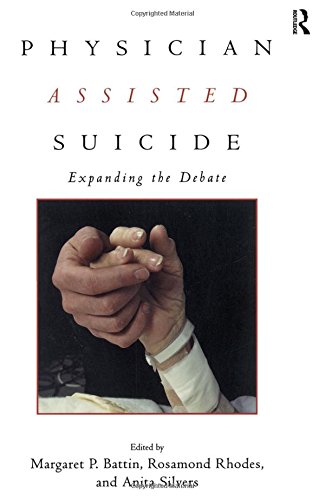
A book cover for Physician Assisted Suicide: Expanding the Debate (Reflective Bioethics); Medical Books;